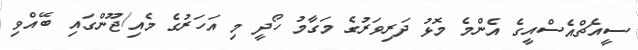
ސީއެޗްއެސްއީގެ އެންމެ މޮޅު ދަރިވަރުގެ މަގާމު ހޯދީ މި އަހަރުގެ މެއި/ޖޫންގައި ބޭއްވި